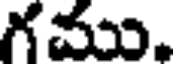
గము.